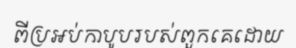
ពីប្រអប់កាបូបរបស់ពួកគេដោយ